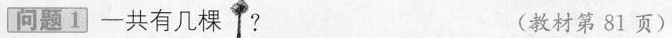
问题1 一共有几棵 ? (教材第81页)